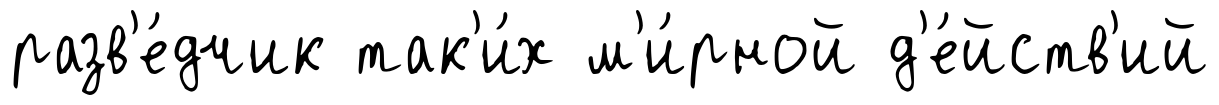
разв'е́дчик так'и́х м'и́рной д'е́йств'ий